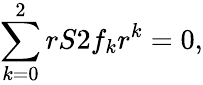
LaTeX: \sum_{k=0}^{2}rS2f_{k}r^{k}=0,